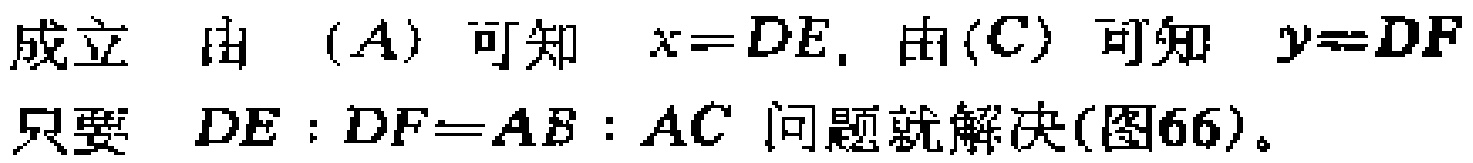
成立 由 $(A)$ 可知 $x = DE$, 由 $(C)$ 可知 $y = DF$。
只要 $DE:DF = AB:AC$ 问题就解决(图66)。